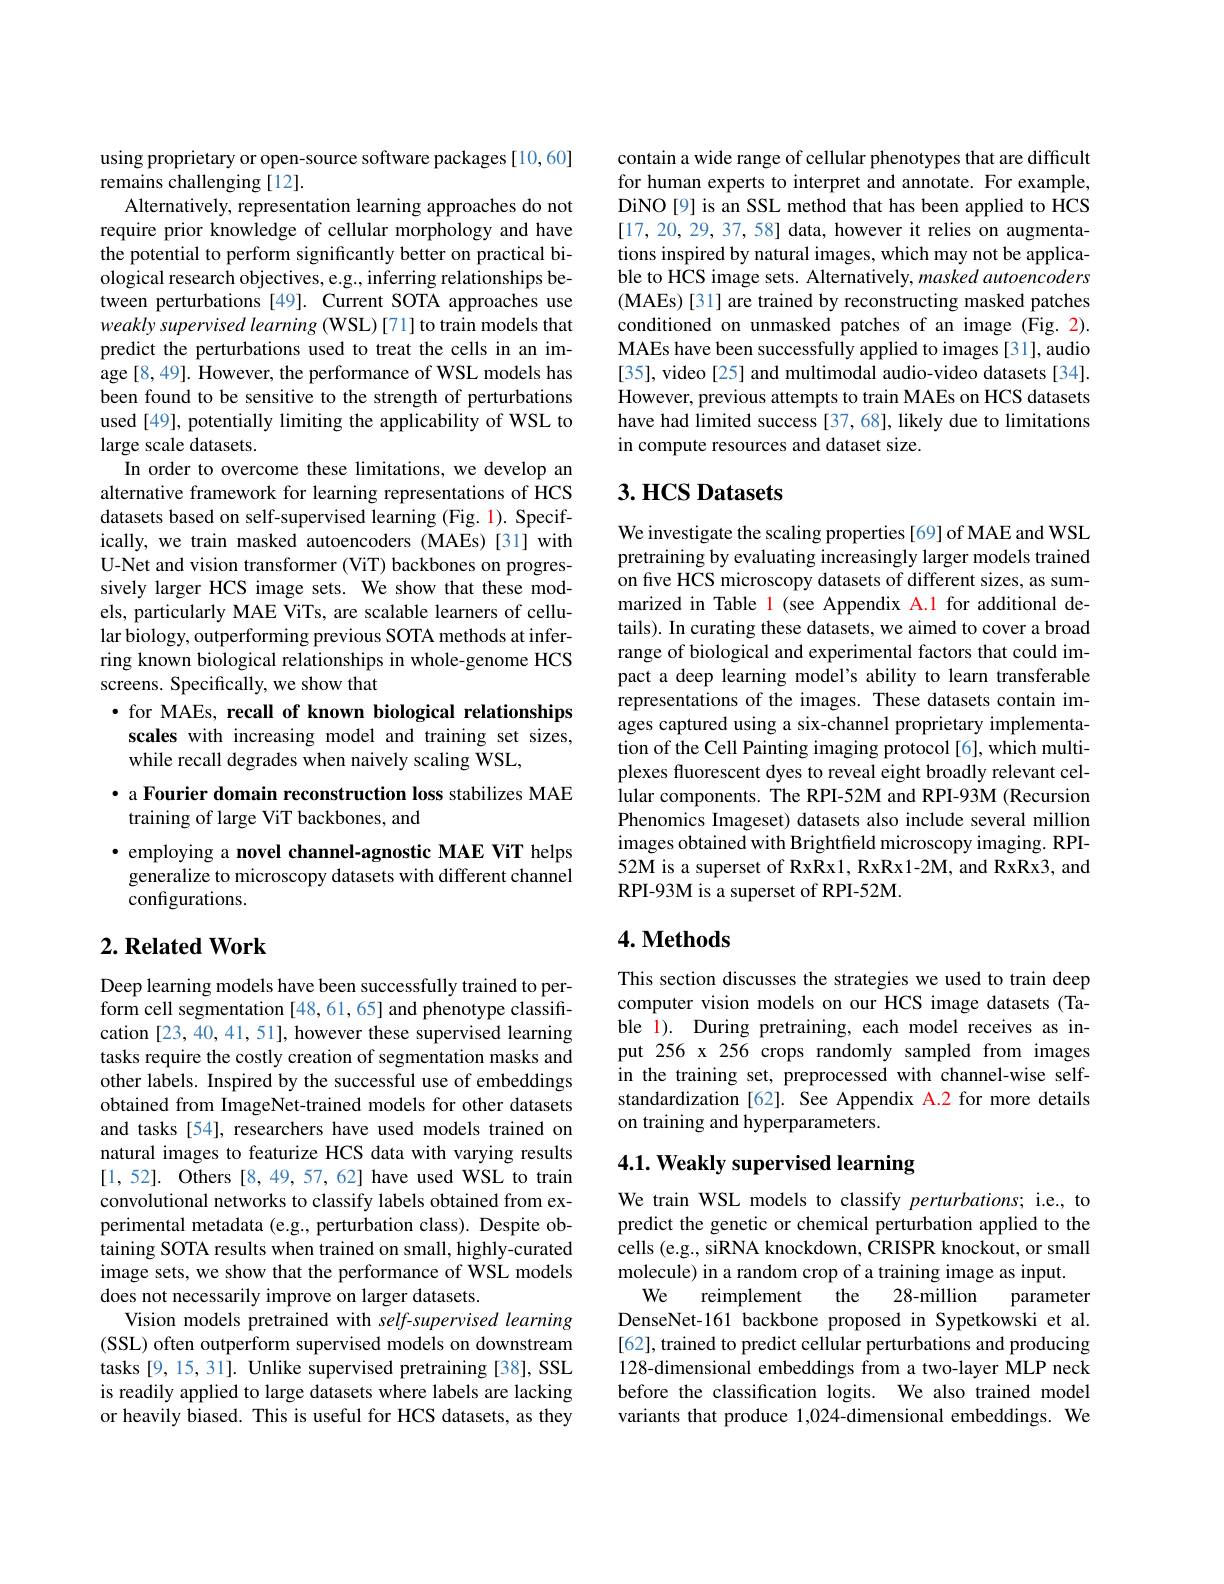
using proprietary or open-source software packages [10,60]
remains challenging [12].
Alternatively, representation learning approaches do not require prior knowledge of cellular morphology and have the potential to perform significantly better on practical biological research objectives, e.g., inferring relationships between perturbations[49]. Current SOTA approaches use weakly supervised learning ( WSL) [71] to train models that predict the perturbations used to treat the cells in an im- $\hat{\mathrm{age~[8,49].~However,~the~performance~of~WSL~models~has}}$ been found to be sensitive to the strength of perturbations used [49], potentially limiting the applicability of WSL to large scale datasets.
In order to overcome these limitations, we develop an alternative framework for learning representations of HCS datasets based on self-supervised learning (Fig. 1). Specifically, we train masked autoencoders (MAEs)[31] with U-Net and vision transformer (ViT) backbones on progressively larger HCS image sets. We show that these models, particularly MAE ViTs, are scalable learners of cellular biology, outperforming previous SOTA methods at inferring known biological relationships in whole-genome HCS screens. Specifically, we show that
$\bullet$ for MAEs, recall of known biological relationships

scales with increasing model and training set sizes,

while recall degrades when naively scaling WSL,

### · a Fourier domain reconstruction loss stabilizes MAE training of large ViT backbones, and

·employing a novel channel-agnostic MAE ViT helps generalize to microscopy datasets with different channel configurations.

## $2. \textbf{ Related Work}$

Deep learning models have been successfully trained to perform cell segmentation [48,61,65] and phenotype classification [23, 40, 41, 51], however these supervised learning tasks require the costly creation of segmentation masks and other labels. Inspired by the successful use of embeddings obtained from ImageNet-trained models for other datasets and tasks [54], researchers have used models trained on natural images to featurize HCS data with varying results [1,52]. Others [8,49,57,62] have used WSL to train convolutional networks to classify labels obtained from experimental metadata (e.g., perturbation class). Despite obtaining SOTA results when trained on small, highly-curated image sets, we show that the performance of WSL models does not necessarily improve on larger datasets.
Vision models pretrained with self-supervised learning (SSL) often outperform supervised models on downstream tasks [9, 15, 31]. Unlike supervised pretraining [38], SSL is readily applied to large datasets where labels are lacking or heavily biased. This is useful for HCS datasets, as they

contain a wide range of cellular phenotypes that are difficult for human experts to interpret and annotate. For example, DiNO[9] is an SSL method that has been applied to HCS [17,20,29,37,58] data, however it relies on augmentations inspired by natural images, which may not be applicable to HCS image sets. Alternatively, masked autoencoders ( MAEs) [ 31] are trained by reconstructing masked patches conditioned on unmasked patches of an image (Fig.2). MAEs have been successfully applied to images [31], audio [35], video [25] and multimodal audio-video datasets [34]. However, previous attempts to train MAEs on HCS datasets have had limited success [37, 68], likely due to limitations in compute resources and dataset size.

## $3. \textbf{ HCS Datasets}$

We investigate the scaling properties [69] of MAE and WSL pretraining by evaluating increasingly larger models trained on five HCS microscopy datasets of different sizes, as summarized in Table 1 (see Appendix A.1 for additional details). In curating these datasets, we aimed to cover a broad range of biological and experimental factors that could impact a deep learning model's ability to learn transferable representations of the images. These datasets contain images captured using a six-channel proprietary implementation of the Cell Painting imaging protocol [6], which multiplexes fluorescent dyes to reveal eight broadly relevant cellular components. The RPI-52M and RPI-93M (Recursion Phenomics Imageset) datasets also include several million images obtained with Brightfield microscopy imaging. RPI- 52M is a superset of RxRx1, RxRx1-2M, and RxRx3, and RPI-93M is a superset of RPI-52M.

## 4. Methods

This section discusses the strategies we used to train deep computer vision models on our HCS image datasets (Table $^{\textcircled{1}}$). During pretraining, each model receives as input 256 x 256 crops randomly sampled from images in the training set, preprocessed with channel-wise selfstandardization [62]. See Appendix A.2 for more details on training and hyperparameters.

# 4.1. Weakly supervised learning

We train WSL models to classify perturbations; i.e., to predict the genetic or chemical perturbation applied to the cells ( e. g. , siRNA knockdown, $\hat{C}$RISPR knockout, or small molecule) in a random crop of a training image as input.
$We$
reimplement
the
28-million
parameter
DenseNet-161 backbone proposed in Sypetkowski et al. [62], trained to predict cellular perturbations and producing 128-dimensional embeddings from a two-layer MLP neck before the classification logits. We also trained model variants that produce 1,024-dimensional embeddings. We